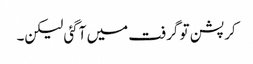
کرپشن تو گرفت میں آگئی لیکن۔